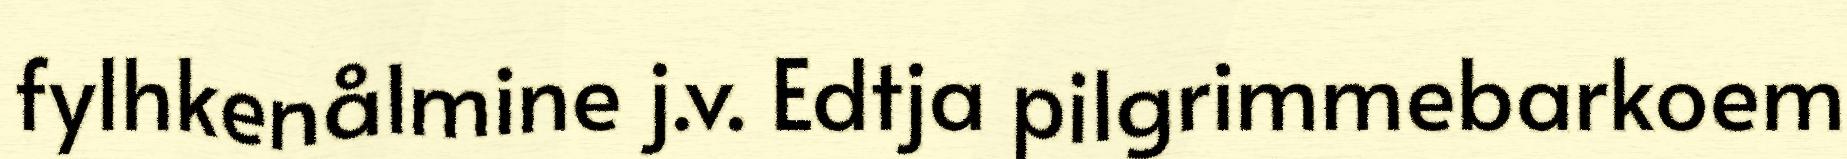
fylhkenålmine j.v. Edtja pilgrimmebarkoem